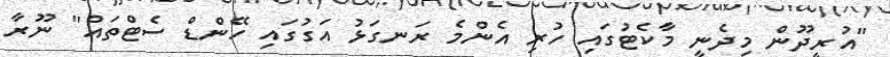
"އުރީދޫން މިދެނީ މާކެޓުގައި ހުރި އެންމެ ރަނގަޅު އަގުގައި ހޭންޑް ސެޓްތައް" ނޫރާ